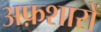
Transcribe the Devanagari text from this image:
अफ़शारों